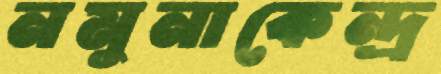
নমুনাকেন্দ্র